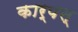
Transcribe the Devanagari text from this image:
कार्पस्